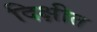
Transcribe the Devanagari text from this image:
दिक्षीत